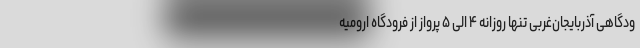
ودگاهی آذربایجان‌غربی تنها روزانه ۴ الی ۵ پرواز از فرودگاه ارومیه